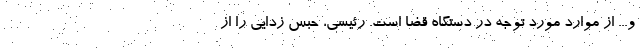
و... از موارد مورد توجه در دستگاه قضا است. رئیسی، حبس زدایی را از